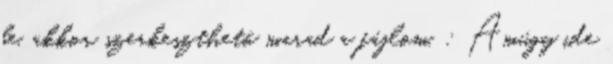
be, akkor szerkeszthető marad a fájlom. : Amúgy ide